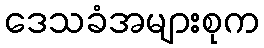
ဒေသခံအများစုက